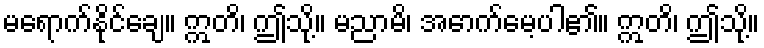
မရောက်နိုင်ချေ။ ဣတိ၊ ဤသို့။ မညာမိ၊ အောက်မေ့ပါ၏။ ဣတိ၊ ဤသို့။